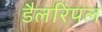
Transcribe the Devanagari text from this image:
डैलरिंपल